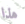
هذا